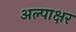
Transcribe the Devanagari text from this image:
अल्पाक्षर